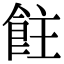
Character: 飳